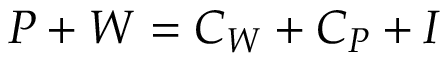
\textstyle P + W = C _ { W } + C _ { P } + I \,